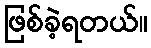
ဖြစ်ခဲ့ရတယ်။